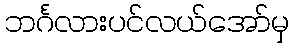
ဘင်္ဂလားပင်လယ်အော်မှ